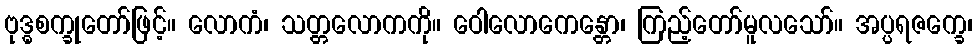
ဗုဒ္ဓစက္ခုတော်ဖြင့်။ လောကံ၊ သတ္တလောကကို။ ဝေါလောကေန္တော၊ ကြည့်တော်မူလသော်။ အပ္ပရဇက္ခေ၊